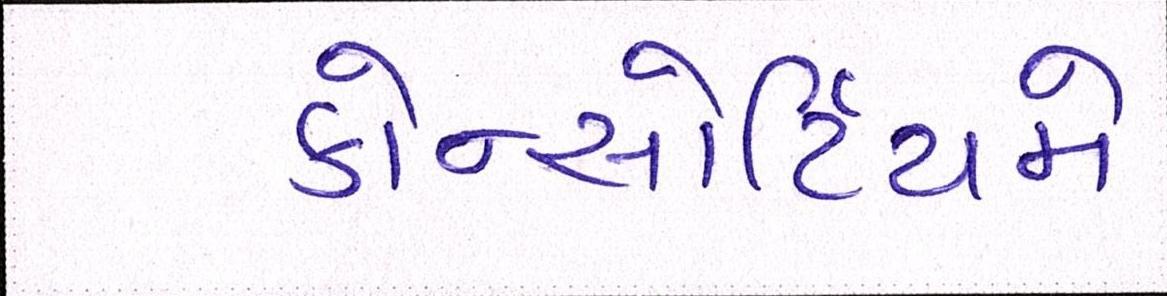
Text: કોન્સોર્ટિયમે